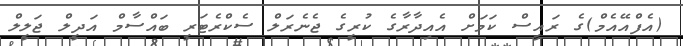
(އެފްއޭއެމް)ގެ ރައީސް ކަމަށް އެއިދާރާގެ ކުރީގެ ޖެނެރަލް ސެކްރެޓަރީ ބައްސާމް އަދީލް ޖަލީލް